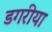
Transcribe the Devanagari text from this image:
डगरीया